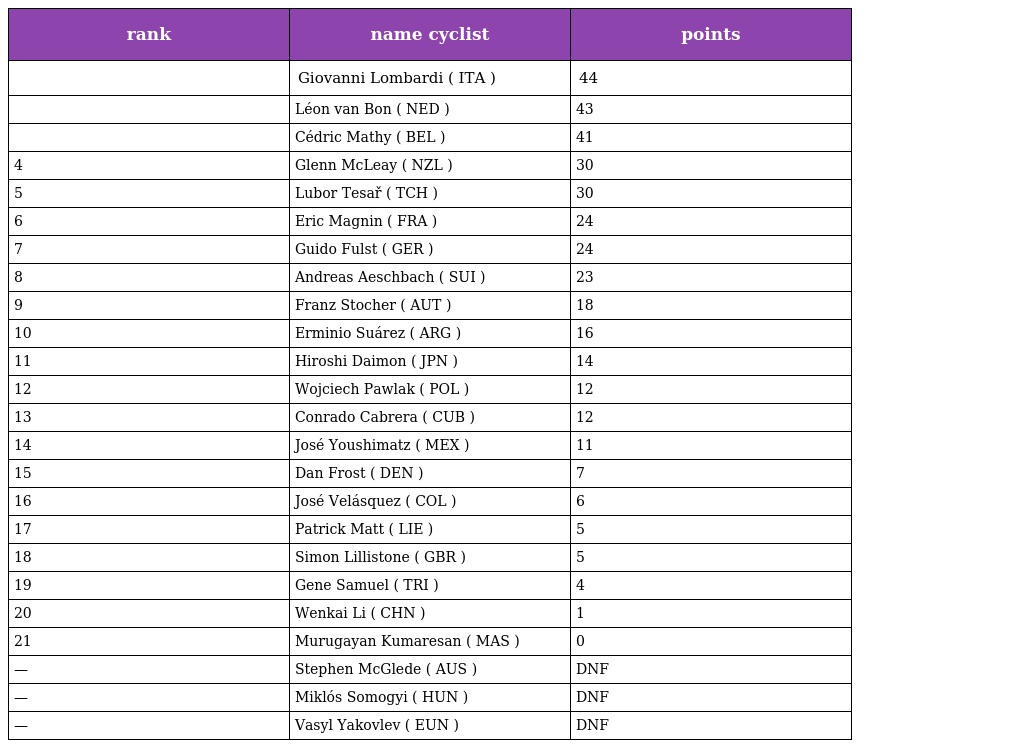
| rank | name cyclist | points |
 | --- | --- | --- |
 |  | Giovanni Lombardi ( ITA ) | 44 |
 |  | Léon van Bon ( NED ) | 43 |
 |  | Cédric Mathy ( BEL ) | 41 |
 | 4 | Glenn McLeay ( NZL ) | 30 |
 | 5 | Lubor Tesař ( TCH ) | 30 |
 | 6 | Eric Magnin ( FRA ) | 24 |
 | 7 | Guido Fulst ( GER ) | 24 |
 | 8 | Andreas Aeschbach ( SUI ) | 23 |
 | 9 | Franz Stocher ( AUT ) | 18 |
 | 10 | Erminio Suárez ( ARG ) | 16 |
 | 11 | Hiroshi Daimon ( JPN ) | 14 |
 | 12 | Wojciech Pawlak ( POL ) | 12 |
 | 13 | Conrado Cabrera ( CUB ) | 12 |
 | 14 | José Youshimatz ( MEX ) | 11 |
 | 15 | Dan Frost ( DEN ) | 7 |
 | 16 | José Velásquez ( COL ) | 6 |
 | 17 | Patrick Matt ( LIE ) | 5 |
 | 18 | Simon Lillistone ( GBR ) | 5 |
 | 19 | Gene Samuel ( TRI ) | 4 |
 | 20 | Wenkai Li ( CHN ) | 1 |
 | 21 | Murugayan Kumaresan ( MAS ) | 0 |
 | — | Stephen McGlede ( AUS ) | DNF |
 | — | Miklós Somogyi ( HUN ) | DNF |
 | — | Vasyl Yakovlev ( EUN ) | DNF |